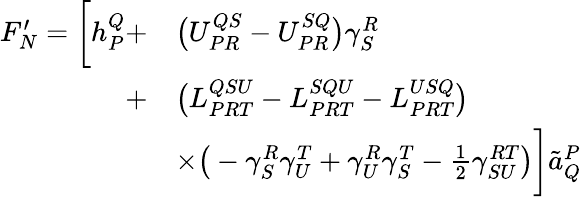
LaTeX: \begin{array}{rl}{F_{N}^{\prime}=\bigg[h_{P}^{Q}+}&{\big(U_{PR}^{QS}-U_{PR}^{SQ}\big)\gamma_{S}^{R}}\\ {+}&{\big(L_{PRT}^{QSU}-L_{PRT}^{SQU}-L_{PRT}^{USQ}\big)}\\ &{\times\big(-\gamma_{S}^{R}\gamma_{U}^{T}+\gamma_{U}^{R}\gamma_{S}^{T}-\frac{1}{2}\gamma_{SU}^{RT}\big)\bigg]\tilde{a}_{Q}^{P}}\end{array}